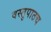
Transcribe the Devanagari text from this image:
वस्तुपाठच